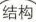
结构